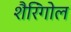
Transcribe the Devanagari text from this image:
शैरिंगोल